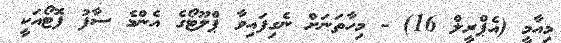
މިއާމީ (އެޕްރީލް 16) - މިހާތަނަށް ނެގިފައިވާ ޕްލޫޓޯގެ އެންމެ ސާފު ފޮޓޯއަކީ